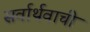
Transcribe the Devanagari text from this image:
सर्वार्थवाची